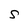
Character: S